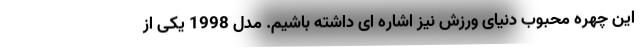
این چهره محبوب دنیای ورزش نیز اشاره ای داشته باشیم. مدل 1998 یکی از